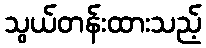
သွယ်တန်းထားသည့်